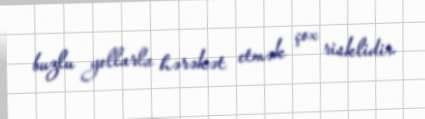
buzlu yollarla hərəkət etmək çox risklidir.